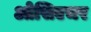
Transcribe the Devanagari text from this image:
ओसिएचर